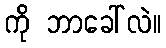
ကို ဘာခေါ်လဲ။